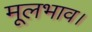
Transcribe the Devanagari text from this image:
मूलभाव।